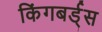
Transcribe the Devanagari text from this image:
किंगबर्ड्स